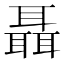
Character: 聶